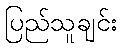
ပြည်သူချင်း